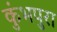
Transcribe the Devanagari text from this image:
कुंभपुरा